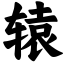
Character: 辕